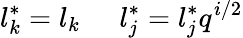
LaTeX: l_{k}^{\ast}=l_{k}\; \; \; \; \; l_{j}^{\ast}=l_{j}^{\ast}q^{i/2}